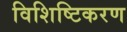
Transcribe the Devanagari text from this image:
विशिष्टिकरण